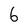
Character: 6